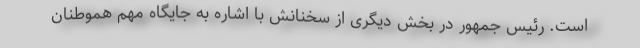
است. رئیس جمهور در بخش دیگری از سخنانش با اشاره به جایگاه مهم هموطنان